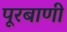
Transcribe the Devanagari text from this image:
पूरबाणी